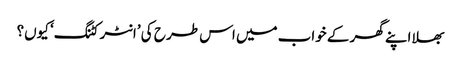
بھلا اپنے گھر کے خواب میں اس طر ح کی ’انٹر کٹنگ‘ کیوں؟